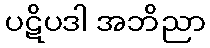
ပဋိပဒါ အဘိညာ